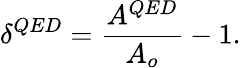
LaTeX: \delta^{QED}=\frac{A^{QED}}{A_{o}}-1.